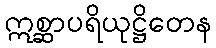
ဣစ္ဆာပရိယုဋ္ဌိတေန